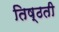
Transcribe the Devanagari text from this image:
तिष्ठती